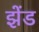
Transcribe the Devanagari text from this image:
झेंड